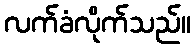
လက်ခံလိုက်သည်။